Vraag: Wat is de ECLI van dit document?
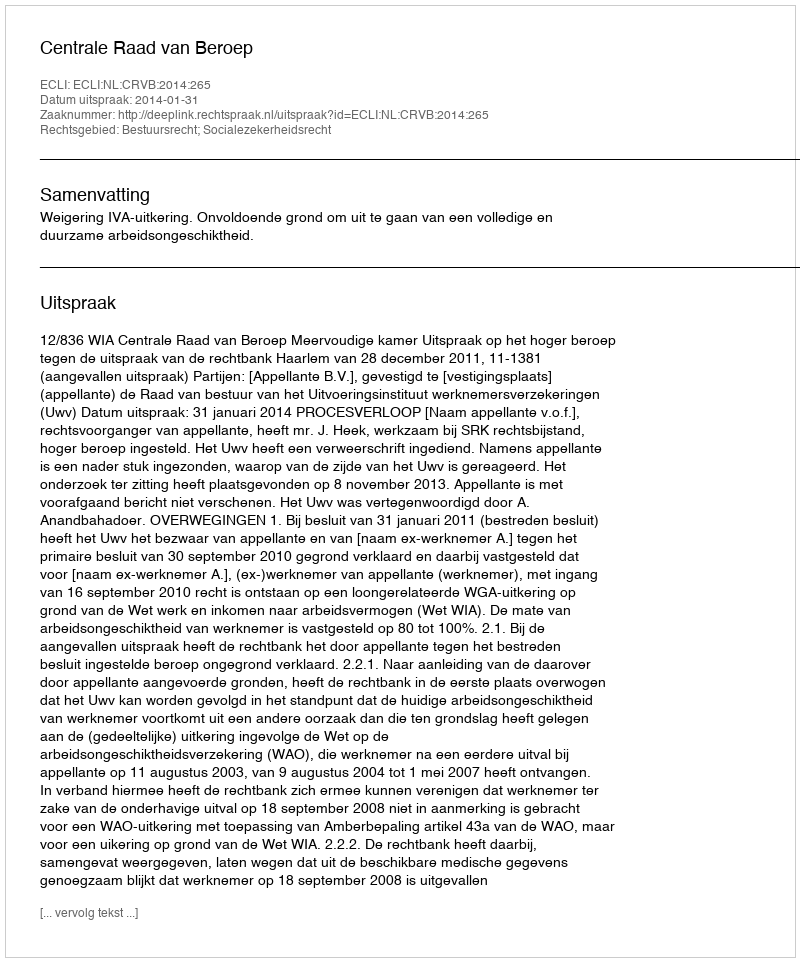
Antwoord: ECLI:NL:CRVB:2014:265